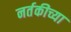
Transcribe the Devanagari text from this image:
नर्तकीच्या